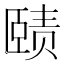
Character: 赜